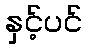
နှင့်ပင်